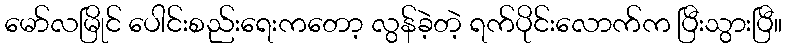
မော်လမြိုင် ပေါင်းစည်းရေးကတော့ လွန်ခဲ့တဲ့ ရက်ပိုင်းလောက်က ပြီးသွားပြီ။